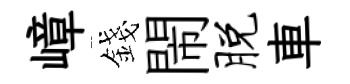
嶂錢閙脱車